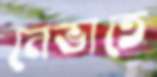
নেভাতে